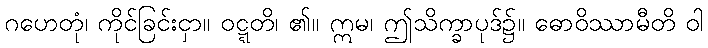
ဂဟေတုံ၊ ကိုင်ခြင်းငှာ။ ဝဋ္ဋတိ၊ ၏။ ဣမ၊ ဤသိက္ခာပုဒ်၌။ ဓောဝိဿာမီတိ ဝါ